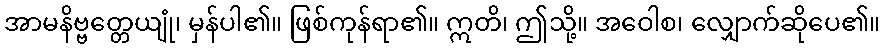
အာမနိဗ္ဗတ္တေယျုံ၊ မှန်ပါ၏။ ဖြစ်ကုန်ရာ၏။ ဣတိ၊ ဤသို့။ အဝေါစ၊ လျှောက်ဆိုပေ၏။